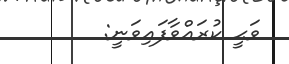
ވަޙީ ކުރައްވާފައިވަނީ: